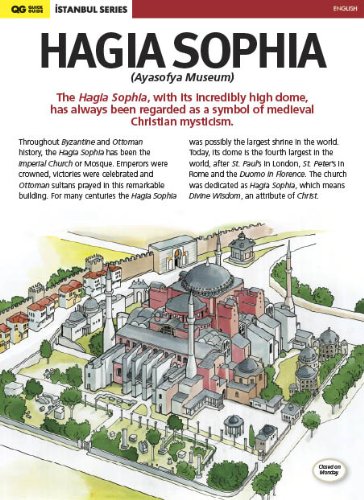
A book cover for Hagia Sophia (St. Sophia Church - Ayasofya Museum) in Istanbul; Serif Yenen; Travel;